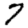
Digit: 7